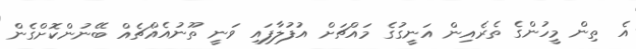
އެ ތިން މީހުންގެ ތެރެއިން އަނީގުގެ މައްޗަށް އުފުލާފައި ވަނީ ތޫނުއެއްޗެއް ބޭނުންކޮށްގެން